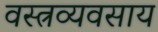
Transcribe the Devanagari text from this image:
वस्त्रव्यवसाय